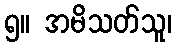
၅။ အမိသတ်သူ၊